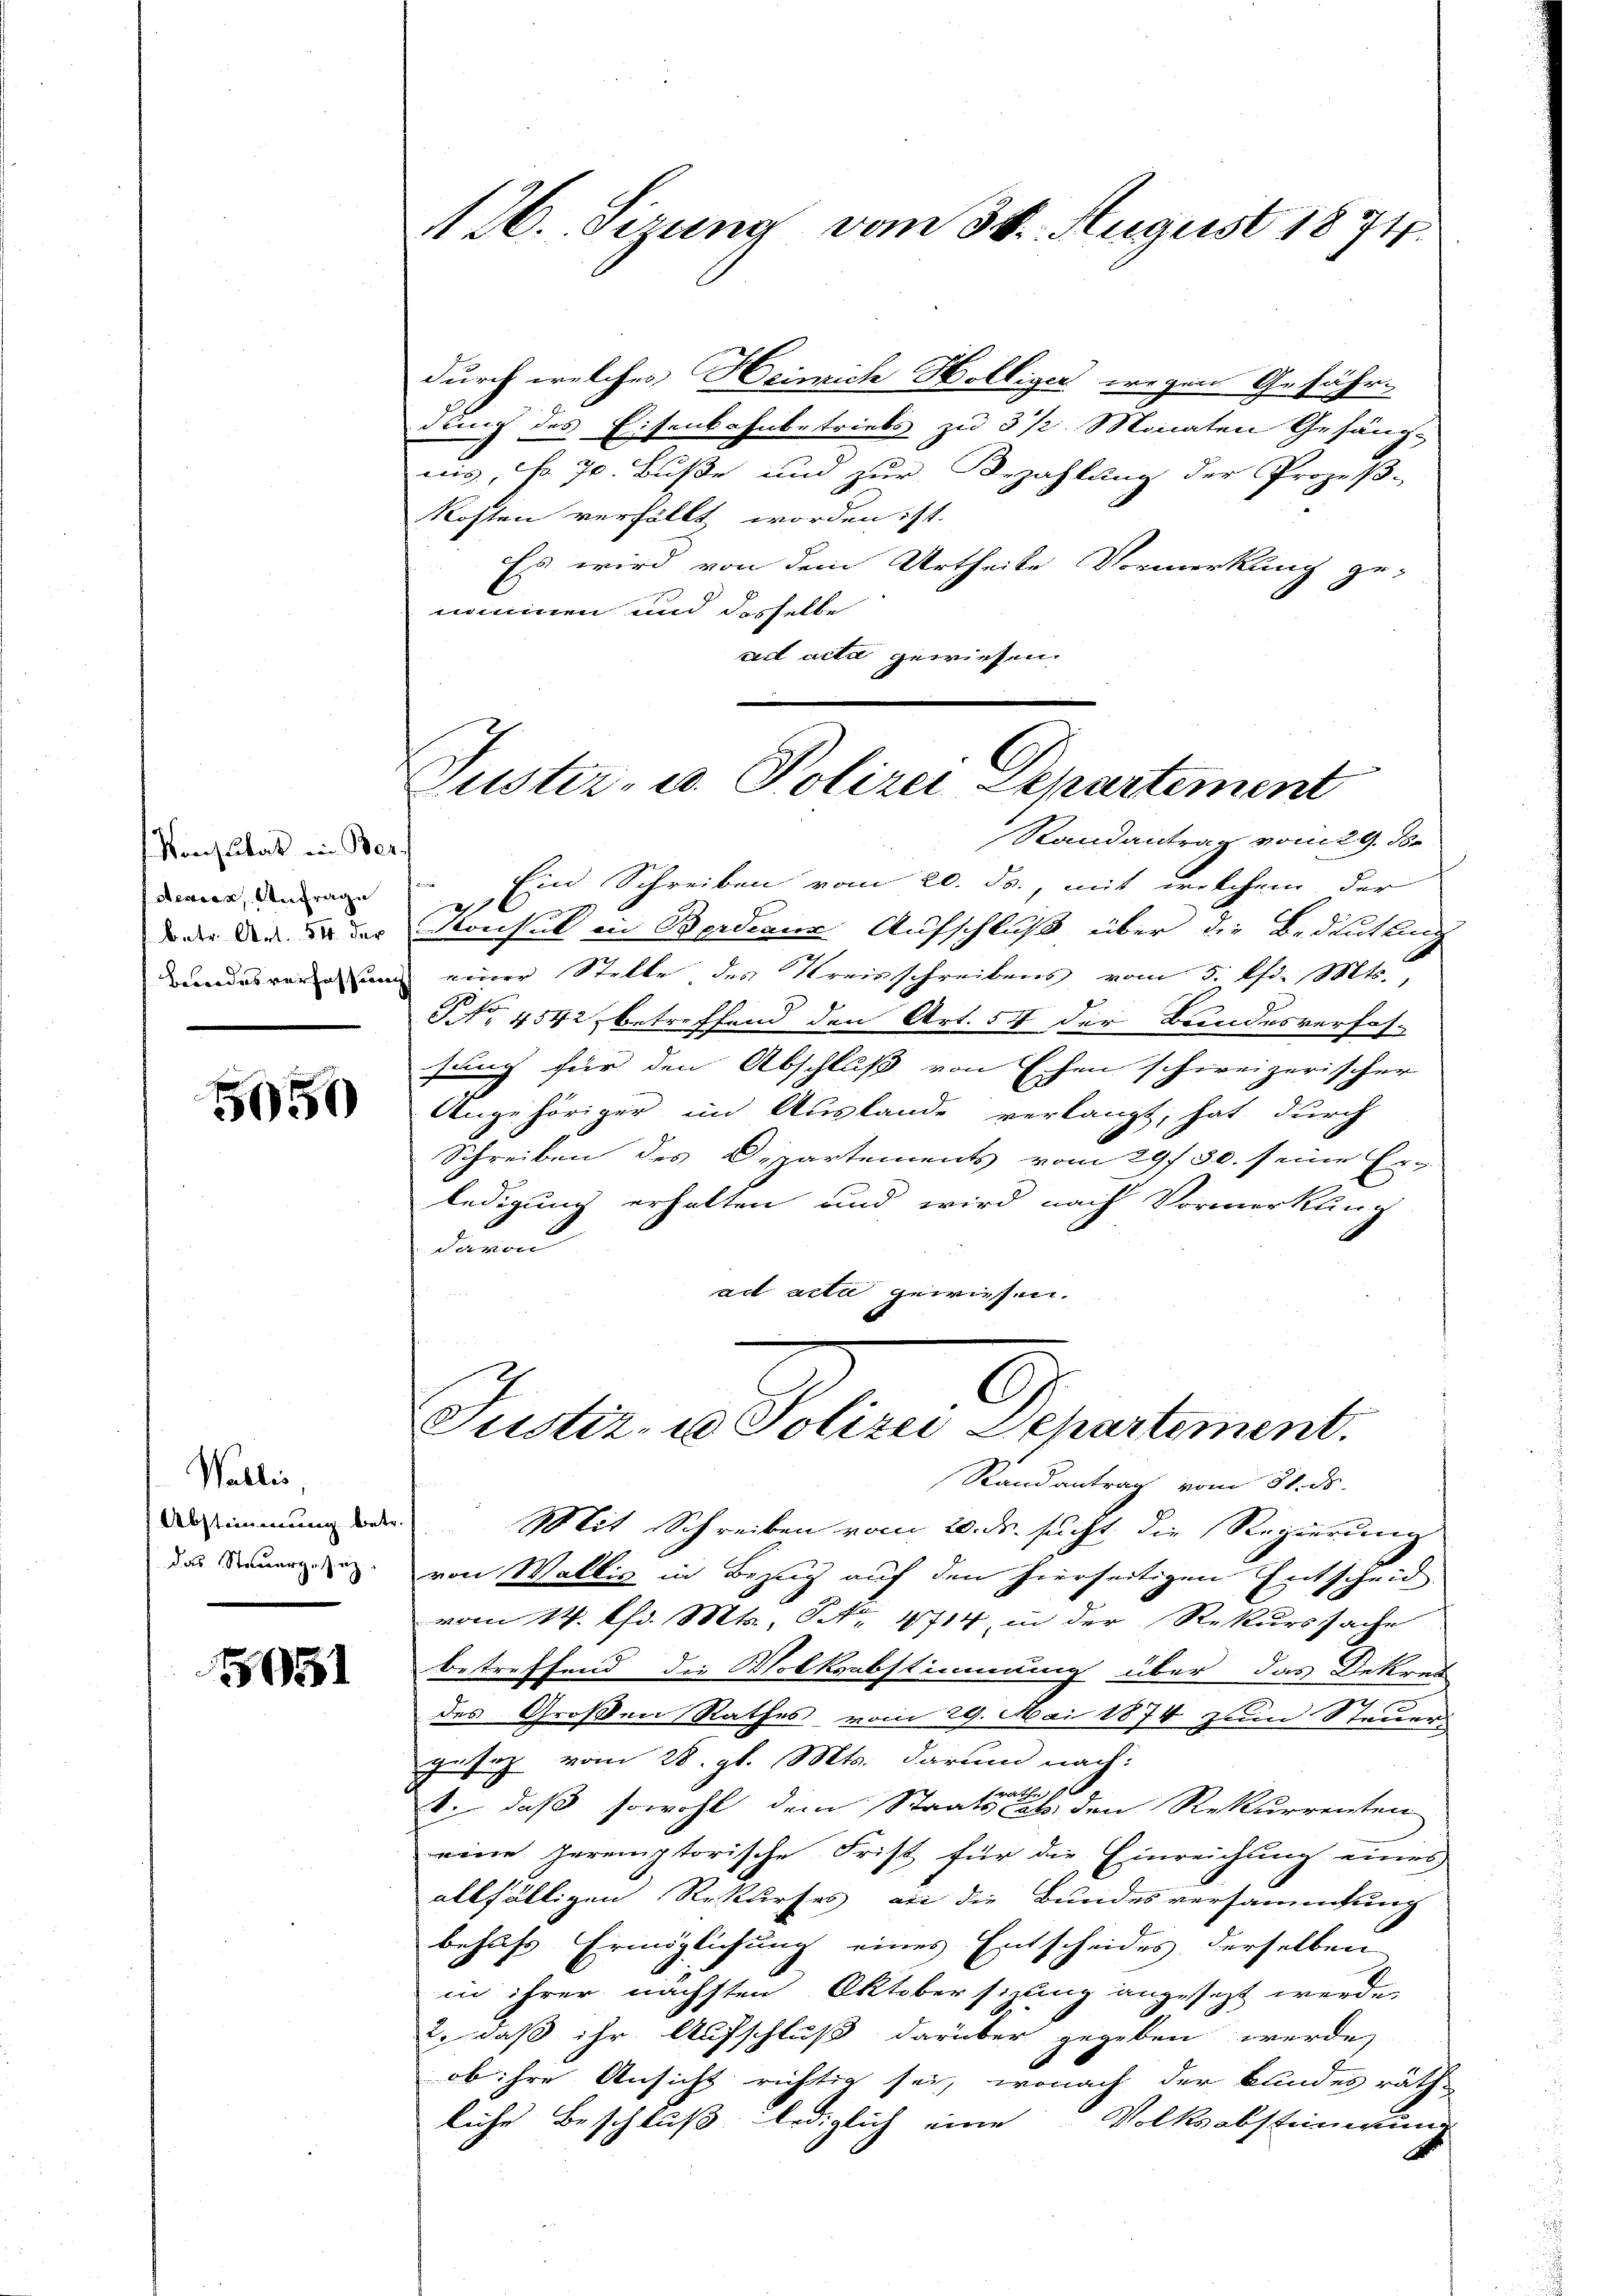
Konsulat in Ber
steuern, Anfrage
 betr. Art. 54 der
Bewades verfassung

5050

Wallis,
das Steuergesez

1951

126. Sizung vom 30. August 1874.

durch welches Heinrich Holliger wegen Gefähr
dung des Eisenbahnbetriebs zu 3 ½ Monaten Gefäng-
wis, Fr. 70. Buße und zur Bezahlung der Prozeß-
Kosten verfällt worden ist.
Es wird von dem Urtheile Vormerkung ge-
.
nommen und desselbe
ail acti gewiesen.

Puster- u. Polizei Departement

Justiz u. Sollen Departement.
Stand antrag vom 21. ds.

Randantrag vom 29. ds.
Ein Schreiben vom 20. ds., mit welchem der
Konsul in Berdienz Aufschluß über die Bedeutung
einer Stelle des Kreisschreibens vom 5. d. Mts.,
NNo. 4542 betreffend den Art. 57 der Bundesverfas-
sung für den Abschluß von Eschen schweizerischer
Angehöriger im Auslande verlangt, hat durch
Schreiben des Departements vom 29. 30. seine Er-
ledigung erhalten und wird nach Vormerkung
 davon
ad acta gewiesen.

Drimmung der Mit Schreiben vom 20. ds. sucht, die Regierung
von Wallis in Bezug auf den hierseitigen Entscheid
vom 14. Chr. Mts. S. 4714 in der Rekurssache
betreffend die Volksabstimmung über das Dekret
des Großen Rathes vom 29. Mai 1874 zum Steuergesez vom 28. gl. Mts. darund nach:
te
t., daß sowohl dem Staatssatz den Rekurrenten
eine heremptorische Frist für die Einreichung eines
allfälligen Rekurses an die Bundesversammlung
behufs Ermöglichung eines Entscheides derselben
in ihrer nächsten Oktobersizung angesezt werde,
2. daß ihr Aufschluß darüber gegeben werde,
ob ihre Ansicht richtig sei, wonach der Bundes räth
liche Beschluß lediglich eine Volksabstimmung